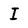
Character: I